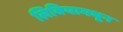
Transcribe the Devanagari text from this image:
लिबियामधून